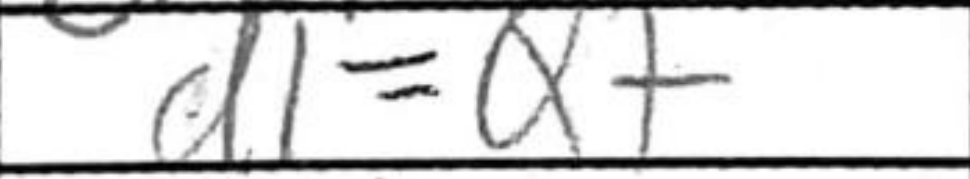
Transcription: d1=Q+